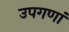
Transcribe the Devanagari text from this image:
उपगणां